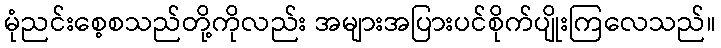
မုံညင်းစေ့စသည်တို့ကိုလည်း အများအပြားပင်စိုက်ပျိုးကြလေသည်။